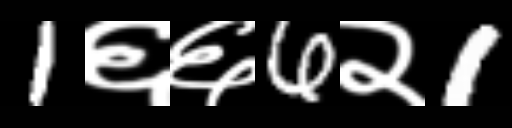
Text: 1६६6२1